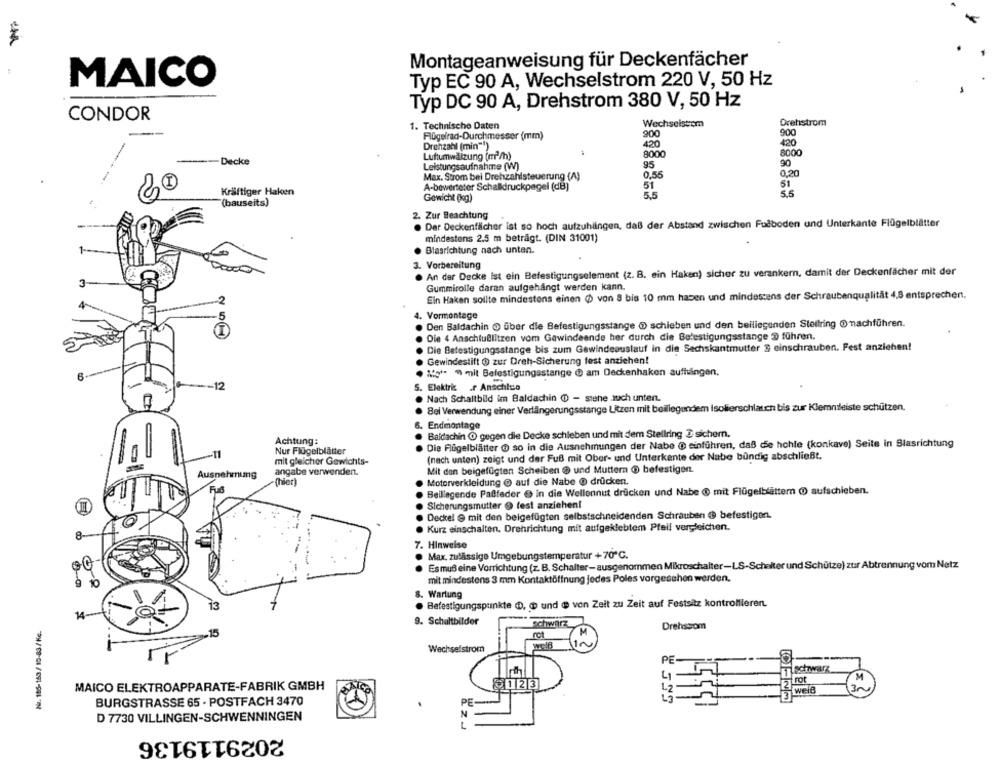
Montageanweisung für Deckenfächer
MAICO
Typ EC 90 A, Wechselstrom 220 V, 50 Hz
Typ DC 90 A, Drehstrom 380 V, 50 Hz
CONDOR
Wechselstrom
Drehstrom
1. Technische Daten
900
Flügelrad-Durchmesser (mm)
900
Drehzahl (min"")
420
400
8000
8000
Decke
Luftumwälzung (m /h)
90
Leistungsaufnahme (W)
95
Max. Strom bei Drehzahlsteuerung (A)
0.55
0.20
51
51
Kräftiger Haken
A-bewerteter Schalldruckpegel (dB]
55
Gewicht (kg)
5,5
(bauseits)
2. Zur Beachtung
· Der Deckenfälcher ist so hoch aufzuhlingen, daß der Abstand zwischen Fuiboden und Unterkante Flügelblätter
mindestens 2,5 m beträgt. (DIN 31001)
1-
Blasrichtung nach unten.
3. Vorbereitung
· An der Decke ist ein Befestigungselement (z. B. ein Haken) sicher zu verankern, damit der Deckenfächer mit der
3
Gummirolle daran aufgehängt werden kann.
Ein Haken sollte mindestens einen Ø von 8 bis 10 mm haben und mindestens der Schraubenqualität 4,8 entsprechen,
4. Vormontage
Den Baldachin O über die Befestigungsstange @ schieben und den beiliegenden Stellring @ nachführen.
Die 4 Anschlußlitzen vom Gewindeende her durch die Befestigungsstange @ führen.
Die Befestigungsstange bis zum Gewindeauslauf in die Sechskantmutter 3 einschrauben. Fest anziehen!
Gewindestift @ zur Dreh-Sicherung fest anziehen!
Its1- 9 mit Befestigungsstange @ am Deckenhaken aufhängen.
-12
5. Elektric .. Anschico
Nach Schaltbild im Baldachin O - stene auch unten.
Bei Verwendung einer Verlängerungsstange Litzen mit beillegendem Isolierschlauen bis zur Klemmleiste schützen.
8. Endmontage
Baldachin O gegen die Decke schleben und mit dem Stellring 3. sichern.
Achtung:
Die Flügelblätter @ so in die Ausnehmungen der Nabe @ einführen, daß de hohle (konkave) Seite in Blasrichtung
Nur Flügelblätter
-11
mit gleicher Gewichts-
(nach unten) zeigt und der Fuß mit Ober- und Unterkente der Nabe bündig abschließt.
Ausnehmung
angabe verwenden.
Mit den beigefügten Scheiben @ und Muttern @ befestigen.
"(hier)
Motorverkleidung @ auf die Nabe @ drücken.
Beiliegende Paßfeder @ in die Wellennut drücken und Nabe @ mit Flügelblättern @ aufschieben.
Sicherungsmutter @ fest anziehen!
Deckel @ mit den beigefügten selbstschneidenden Schrauben @ befestigen.
...
Kurz einschalten. Drehrichtung mit aufgeklebtem Prell vergleichen.
7. Hinweise
· Max. zulässige Umgebungstemperatur +70 ℃.
5
Esmuß eine Vorrichtung (z. B. Schalter-ausgenommen Mikroschalter-LS-Schalter und Schütze) zur Abtrennung vom Netz
mit mindestens 3 mm Kontaktöffnung jedes Poles vorgesehen werden.
8. Wartung
· Befestigungspunkte @, @ und @ von Zeit zu Zeit auf Festsitz kontrollieren.
13
14
NI. 185-163/ 10-83/Kc.
9. Schultbilder
schwarz
Drehssom
rot
M
Wechselstrom
in
PE
M
MAICO ELEKTROAPPARATE-FABRIK GMBH
30
3
BURGSTRASSE 65 · POSTFACH 3470
D 7730 VILLINGEN-SCHWENNINGEN
2029119136